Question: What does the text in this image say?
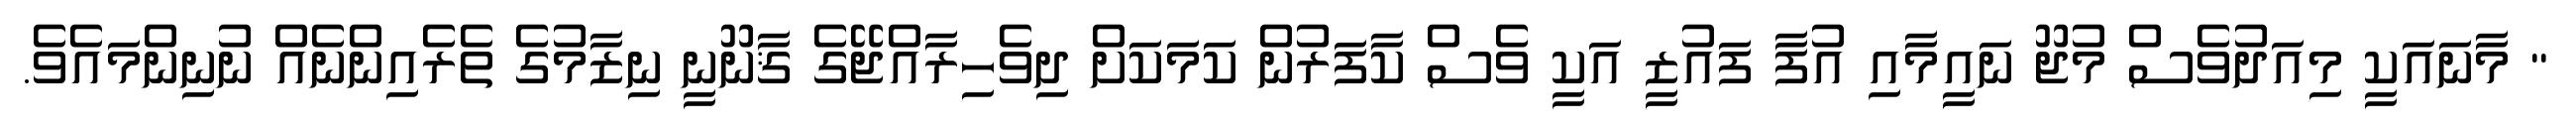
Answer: " މާނައަކީ މިއަދުވެސް މުޖޫ ނައީމާއި އުފާ ފައުޒީ އަކީ ވެސް ކާފަރުން ކަމަކަށް ދިވެހިރާއްޖޭގެ ޤާނޫނީ ނިޒާމުގެ ތެރެއިންނެއް ނުނިންމައެވެ.